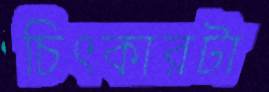
চিৎকারটা